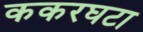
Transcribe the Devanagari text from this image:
ककरघटा